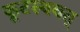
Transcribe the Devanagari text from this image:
कूटस्थवत्‌